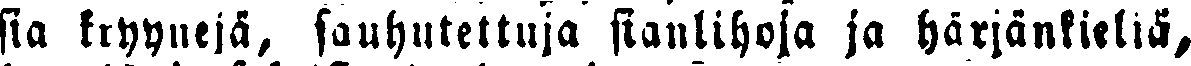
sia kryynejä, sauhutettuja sianlihoja ja härjänkieliä,